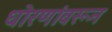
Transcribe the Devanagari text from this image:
धोरणांवरून